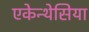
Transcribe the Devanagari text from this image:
एकेन्थेसिया